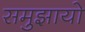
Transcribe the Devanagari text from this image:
समुझायो